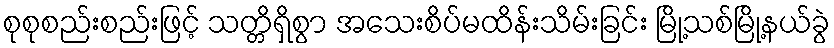
စုစုစည်းစည်းဖြင့် သတ္တိရှိစွာ အသေးစိပ်မထိန်းသိမ်းခြင်း မြို့သစ်မြို့နယ်ခွဲ